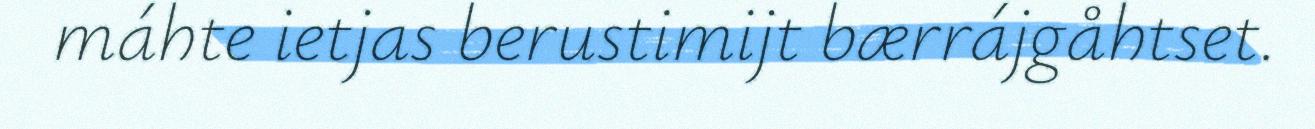
máhte ietjas berustimijt bærrájgåhtset.